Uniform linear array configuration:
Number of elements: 64
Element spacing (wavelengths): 1
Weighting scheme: kaiser
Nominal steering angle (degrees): -15
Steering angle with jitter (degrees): -13.919
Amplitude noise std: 0.05
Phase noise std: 0.05

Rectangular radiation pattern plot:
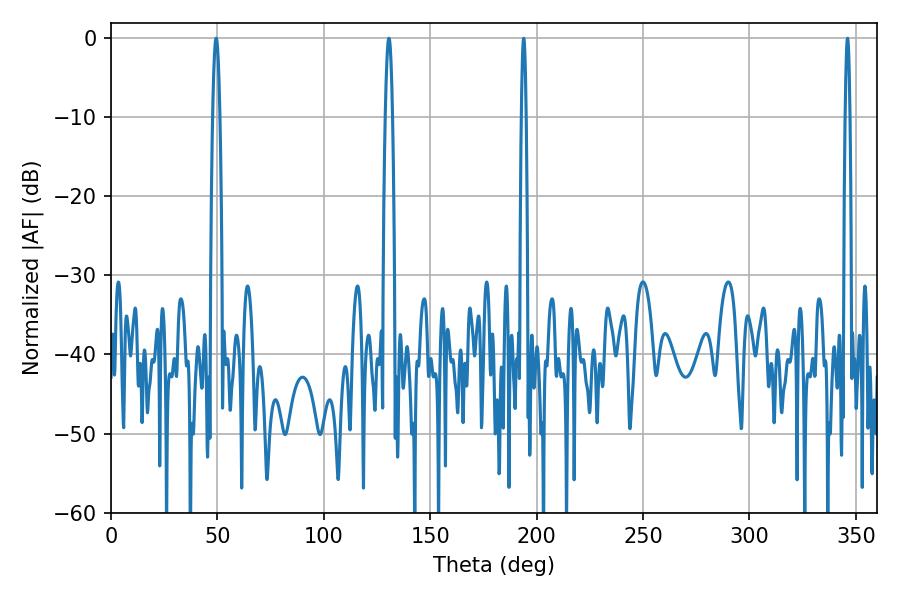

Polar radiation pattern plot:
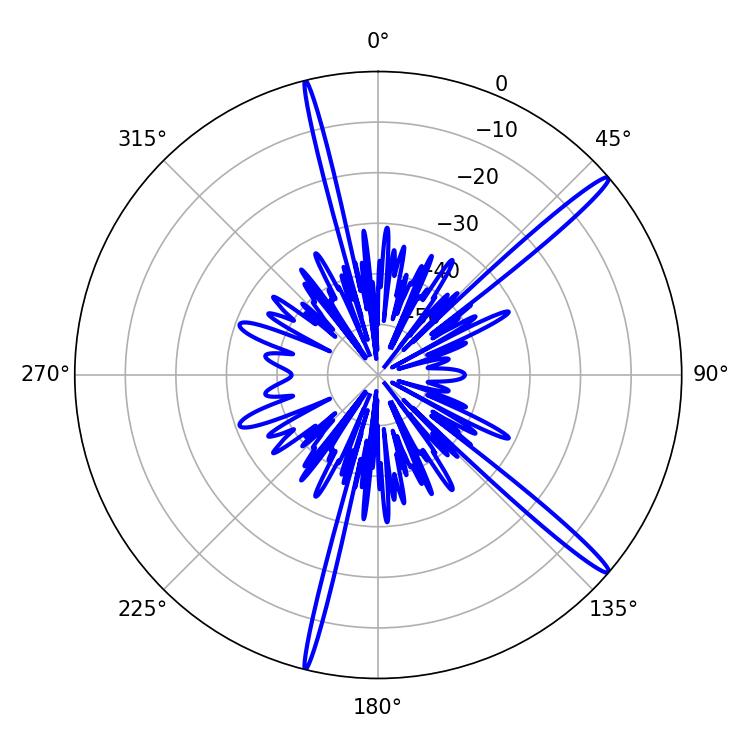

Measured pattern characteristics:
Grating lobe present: TRUE
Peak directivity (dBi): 16.678
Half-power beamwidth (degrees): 1.8
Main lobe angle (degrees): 49.5